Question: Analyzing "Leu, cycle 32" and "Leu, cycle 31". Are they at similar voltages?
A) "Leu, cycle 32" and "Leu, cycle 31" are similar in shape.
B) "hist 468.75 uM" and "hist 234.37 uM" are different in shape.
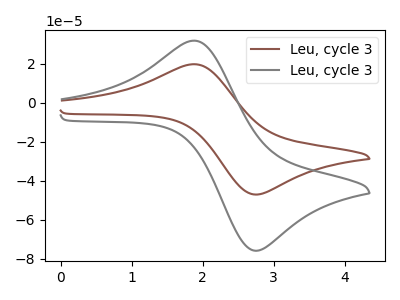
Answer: <think>The brown curve "Leu, cycle 31" has an anodic peak at (1.85V, 19.70uA) and a cathodic peak at (2.80V, -46.85uA). The gray curve "Leu, cycle 32" has an anodic peak at (1.85V, 31.75uA) and a cathodic peak at (2.80V, -75.55uA).
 All the peaks in "Leu, cycle 32" have a peak in "Leu, cycle 31" at the same potential. Every peak in "Leu, cycle 32" is higher than every peak in "Leu, cycle 31".</think>
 <answer>A) "Leu, cycle 32" and "Leu, cycle 31" are similar in shape.</answer>
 <eval>A</eval>